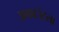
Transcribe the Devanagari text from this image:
अकाउंटला